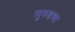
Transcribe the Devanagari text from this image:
मुरुडचा